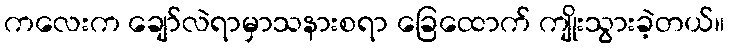
ကလေးက ချော်လဲရာမှာသနားစရာ ခြေထောက် ကျိုးသွားခဲ့တယ်။